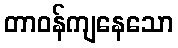
တာဝန်ကျနေသော